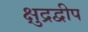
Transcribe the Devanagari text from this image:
क्षुद्रद्वीप